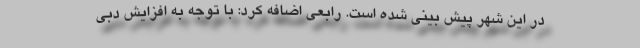
در این شهر پیش بینی شده است. رابعی اضافه کرد: با توجه به افزایش دبی